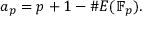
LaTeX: a _ { p } = p + 1 - \# E ( \mathbb { F } _ { p } ) .